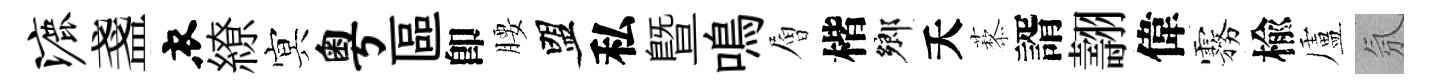
漉盞衣繚㝠粤區卽腰盟私暨鳴層楷鄉夭藜諝翿偉霧楡盧氛